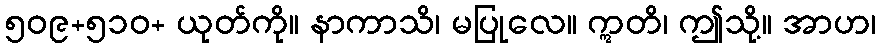
၅၀၉+၅၁၀+ ယုတ်ကို။ နာကာသိ၊ မပြုလေ။ ဣတိ၊ ဤသို့။ အာဟ၊